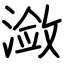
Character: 潋